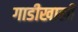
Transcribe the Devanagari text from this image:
गाडीखाली